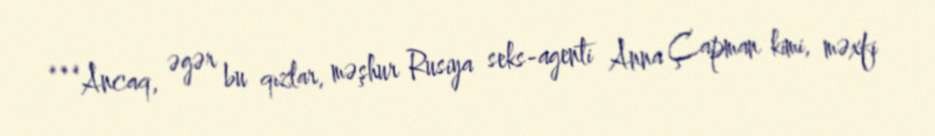
***Ancaq, əgər bu qızlar, məşhur Rusiya seks-agenti Anna Çapman kimi, məxfi